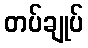
တပ်ချုပ်